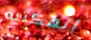
المكتبه